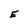
Character: E